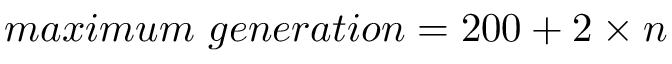
m a x i m u m ~ g e n e r a t i o n = 2 0 0 + 2 \times n